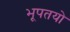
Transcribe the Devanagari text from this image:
भूपतयो